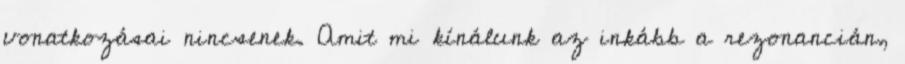
vonatkozásai nincsenek. Amit mi kínálunk az inkább a rezonancián,